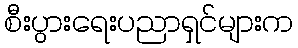
စီးပွားရေးပညာရှင်များက